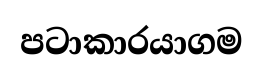
පටාකාරයාගම